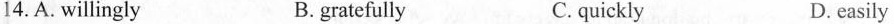
14.A.willingly B.gratefully C.quickly D.easily